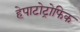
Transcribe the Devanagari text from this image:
हेपाटोट्रोफिक